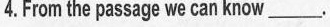
4.From the passagewe can know___.